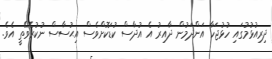
ދިރިއުޅުމުގައި ހުޅުޖަހާ އަންދަމުން ދާއިރު އެ އުދާސް ކުޑަކޮށްވެސް އިޙުސާސް ނުކުރެވޭތީ އެވެ.